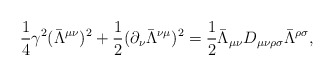
\begin{align*}\frac{1}{4}\gamma^{2}(\bar{\Lambda}^{\mu\nu})^{2} + \frac{1}{2}(\partial_{\nu}\bar{\Lambda}^{\nu\mu})^{2}= \frac{1}{2}\bar{\Lambda}_{\mu\nu}D_{\mu\nu\rho\sigma}\bar{\Lambda}^{\rho\sigma},\end{align*}